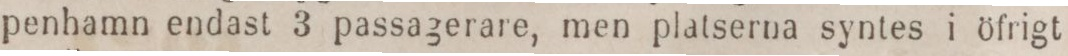
penhamn endast 3 passagerare, men platserna syntes i öfrigt